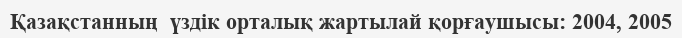
Қазақстанның  үздік орталық жартылай қорғаушысы: 2004, 2005